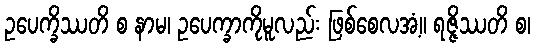
ဥပေက္ခိဿတိ စ နာမ၊ ဥပေက္ခာကိုမူလည်း ဖြစ်စေလအံ့။ ရဇ္ဇိဿတိ စ၊